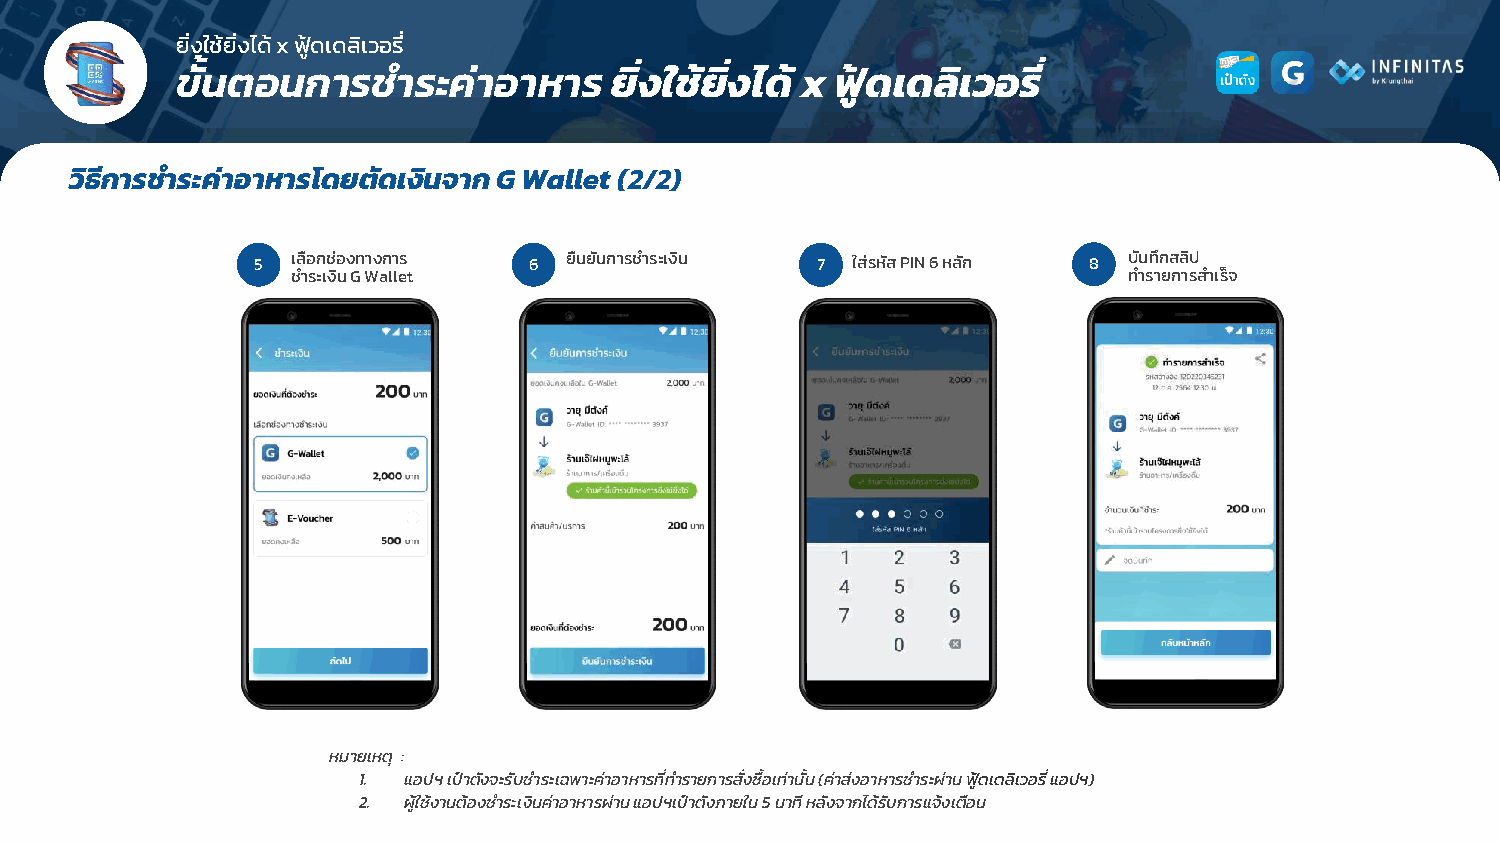
ยิ่งใช้ยิ่งได้ x ฟูด้ เดลิเวอรี่
 ขัน้ ตอนการช  าระค่าอาหาร   ย่ิงใช้ย่ิงได้ x ฟู้ดเดลิเวอรี่
 วิธีการช าระค่าอาหารโดยตัดเงินจาก G Wallet (2/2)
 5 เลือกช่องทางการ 6 ยืนยันการช าระเงิน 7 ใส่รหัส PIN 6 หลัก 8 บันทึกสลิป
 ช าระเงิน G Wallet                                      ท ารายการส าเร็จ
 หมายเหตุ :
 1. แอปฯ เป๋าตังจะรับช าระเฉพาะค่าอาหารที่ทา รายการสั่งซื้อเทา่ นั้น (ค่าส่งอาหารช าระผ่าน ฟูด้ เดลิเวอรี่ แอปฯ)
 2. ผู้ใช้งานต้องช าระเงินค่าอาหารผ่าน แอปฯเป๋าตังภายใน 5 นาที หลังจากได้รับการแจ้งเตือน